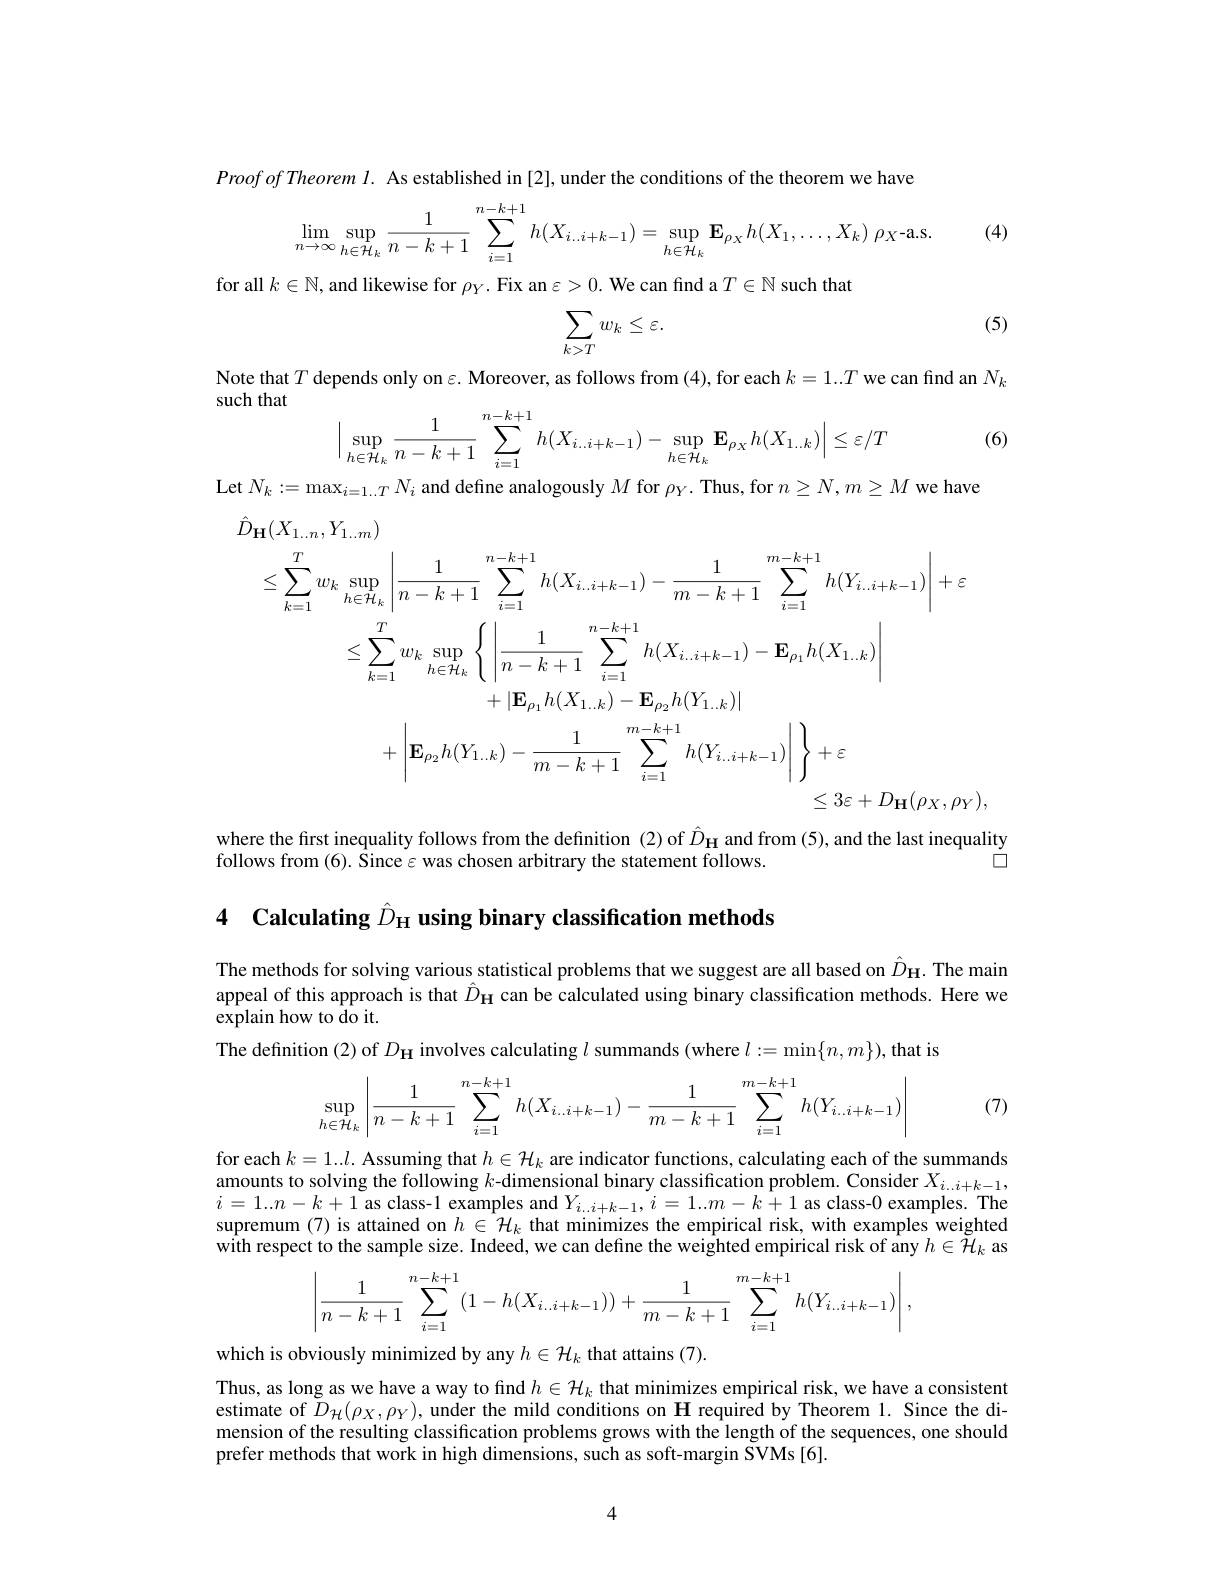
$ProofofTheoreml.$ As established in[2], under the conditions of the theorem we have

(4)
$$\lim\limits_{n\to\infty}\sup\limits_{h\in\mathcal{H}_k}\frac{1}{n-k+1}\sum\limits_{i=1}^{n-k+1}h(X_{i..i+k-1})=\sup\limits_{h\in\mathcal{H}_k}\mathbf{E}\limits_{\rho_X}h(X_1,\ldots,X_k)\:\rho_X\text{-a.s.}$$
for all $k\in\mathbb{N}$, and likewise for $\rho_Y.$ Fix an $\varepsilon>0.$ We can fınd a$T\in\mathbb{N}$ such that

(5)
$$\sum\limits_{k>T}w_{k}\leq\varepsilon.$$
Note that $T$ depends only on $\varepsilon.$ Moreover, as follows from (4), for each $k=1..T$ we can find an $N_k$

such that

(6)
$$\Big|\sup\limits_{h\in\mathcal{H}_k}\frac{1}{n-k+1}\sum\limits_{i=1}^{n-k+1}h(X_{i..i+k-1})-\sup\limits_{h\in\mathcal{H}_k}\mathbf{E}_{\rho_X}h(X_{1..k})\Big|\leq\varepsilon/T$$
Let $N_k: = \max _{i= 1. . T}N_i$ and define analogously $M$ for $\rho_Y.$ Thus, for $n\geq N,m\geq M$ we have
$$\begin{aligned}\hat{D}_{\mathbf{H}}(X_{1.\:n},Y_{1.\:m})\\&\leq\sum_{k=1}^{T}w_{k}\sup_{h\in\mathcal{H}_{k}}\left|\frac{1}{n-k+1}\sum_{i=1}^{n-k+1}h(X_{i.\:i+k-1})-\frac{1}{m-k+1}\sum_{i=1}^{m-k+1}h(Y_{i.\:i+k-1})\right|+\varepsilon\\&\leq\sum_{k=1}^{T}w_{k}\sup_{h\in\mathcal{H}_{k}}\left\{\left|\frac{1}{n-k+1}\sum_{i=1}^{n-k+1}h(X_{i.\:i+k-1})-\mathbf{E}_{\rho_{1}}h(X_{1.\:k})\right|\\&+|\mathbf{E}_{\rho_{1}}h(X_{1.\:k})-\mathbf{E}_{\rho_{2}}h(Y_{1.\:k})|\\&+\left|\mathbf{E}_{\rho_{2}}h(Y_{1.\:k})-\frac{1}{m-k+1}\sum_{i=1}^{m-k+1}h(Y_{i.\:i+k-1})\right|\right\}+\varepsilon\\&&\leq3\varepsilon+D_{\mathbf{H}}(\rho_{X},\rho_{Y})\end{aligned}$$
where the first inequality follows from the definition (2) of $\hat{D}_{\mathbf{H}}$ and from (5), and the last inequality
$\square$
follows from (6). Since $\varepsilon$ was chosen arbitrary the statement follows.

4 Calculating $\hat{D} _\mathrm{H} \textbf{ using binary classification methods}$

The methods for solving various statistical problems that we suggest are all based on $\hat{D}_\mathrm{H}$. The main appeal of this approach is that $\hat{D}_{\mathbf{H}}$ can be calculated using binary classification methods. Here we explain how to do it.
The definition (2) of $D_\mathbf{H}$ involves calculating $l$ summands (where $l:=\min\{n,m\})$, that is
$$\sup\limits_{h\in\mathcal{H}_k}\left|\dfrac{1}{n-k+1}\sum\limits_{i=1}^{n-k+1}h(X_{i..i+k-1})-\dfrac{1}{m-k+1}\sum\limits_{i=1}^{m-k+1}h(Y_{i..i+k-1})\right|$$
(7)

for each $k=1..l.$ Assuming that $h\in\mathcal{H}_k$ are indicator functions, calculating each of the summands amounts to solving the following $k$-dimensional binary classification problem. Consider $X_{i\ldots i+k-1}$, $i=1..n-k+1$ as class-1 examples and $Y_{i..i+k-1},i=1..m-k+1$ as class-0 examples. The supremum (7) is attained on $h\in\mathcal{H}_k$ that minimizes the empirical risk, with examples weighted
$$\left|\dfrac{1}{n-k+1}\sum_{i=1}^{n-k+1}(1-h(X_{i..i+k-1}))+\dfrac{1}{m-k+1}\sum_{i=1}^{m-k+1}h(Y_{i..i+k-1})\right|,$$
which is obviously minimized by any $h\in\mathcal{H}_k$ that attains (7).
Thus, as long as we have a way to find $h\in\mathcal{H}_k$ that minimizes empirical risk, we have a consistent estimate of $D_{\mathcal{H}}(\rho_{X},\rho_{Y})$, under the mild conditions on $\mathbf{H}$ required by Theorem 1. Since the dimension of the resulting classification problems grows with the length of the sequences, one should prefer methods that work in high dimensions, such as soft-margin ŠVMs[6].